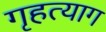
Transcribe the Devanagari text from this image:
गृहत्‍याग